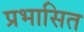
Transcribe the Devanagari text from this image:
प्रभासित